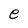
Character: e